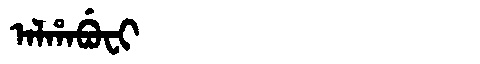
Manchu: ᠠᠯᡥᠠᠪᡠᠸᡳ
Romanization: ALHABUFI